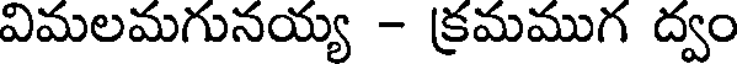
విమలమగునయ్య - క్రమముగ ద్వం